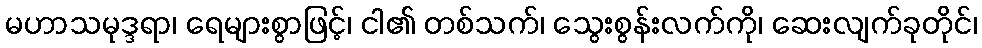
မဟာသမုဒ္ဒရာ၊ ရေများစွာဖြင့်၊ ငါ၏ တစ်သက်၊ သွေးစွန်းလက်ကို၊ ဆေးလျက်ခုတိုင်၊